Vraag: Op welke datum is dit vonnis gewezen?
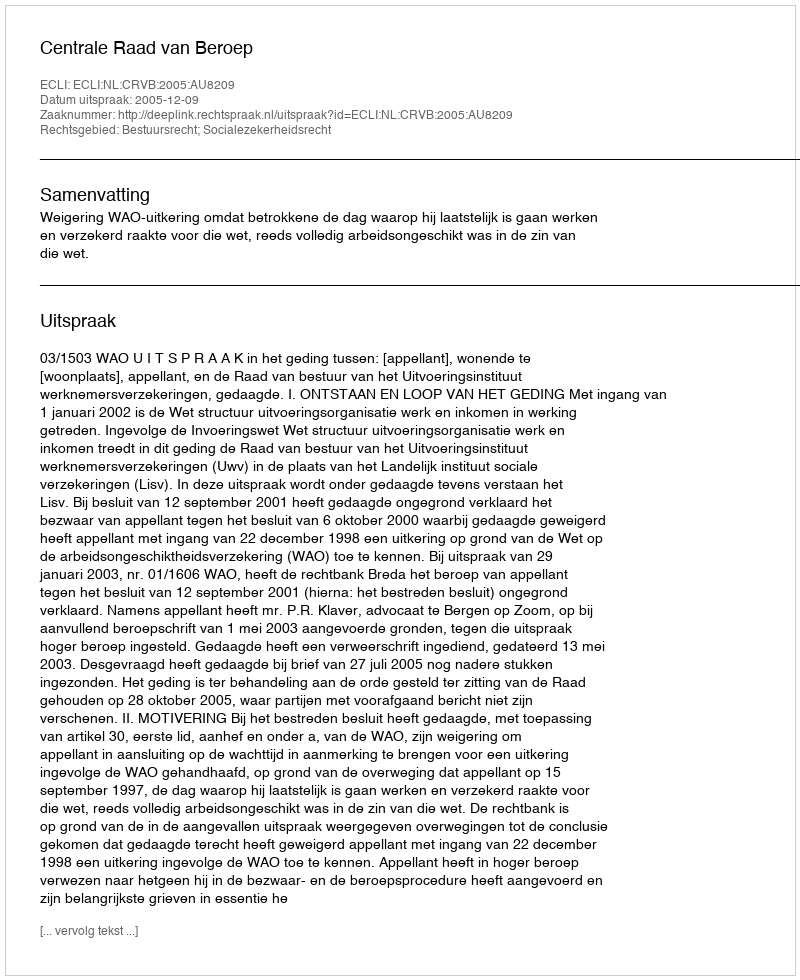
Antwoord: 2005-12-09